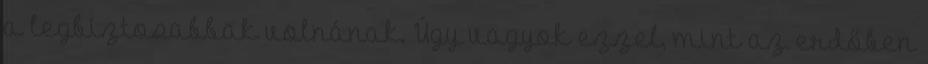
a legbiztosabbak volnának. Úgy vagyok ezzel, mint az erdőben